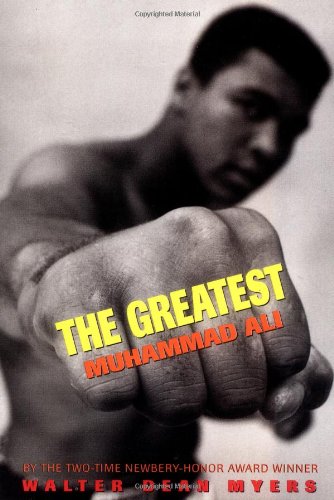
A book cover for The Greatest: Muhammad Ali; Walter Dean Myers; Teen & Young Adult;